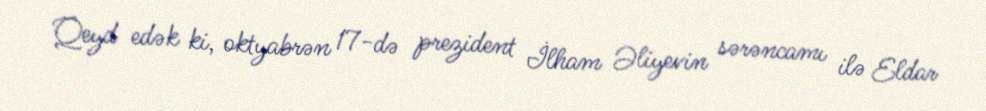
Qeyd edək ki, oktyabrən 17-də prezident İlham Əliyevin sərəncamı ilə Eldar